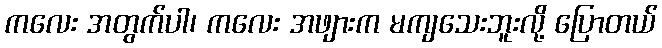
ကလေး အတွက်ပါ၊ ကလေး အဖျားက မကျသေးဘူးလို့ ပြောတယ်